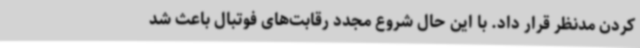
کردن مدنظر قرار داد. با این حال شروع مجدد رقابت‌های فوتبال باعث شد